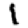
Digit: 1